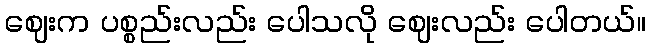
ဈေးက ပစ္စည်းလည်း ပေါသလို ဈေးလည်း ပေါတယ်။